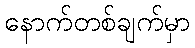
နောက်တစ်ချက်မှာ